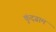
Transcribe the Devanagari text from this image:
कुंदग्राम